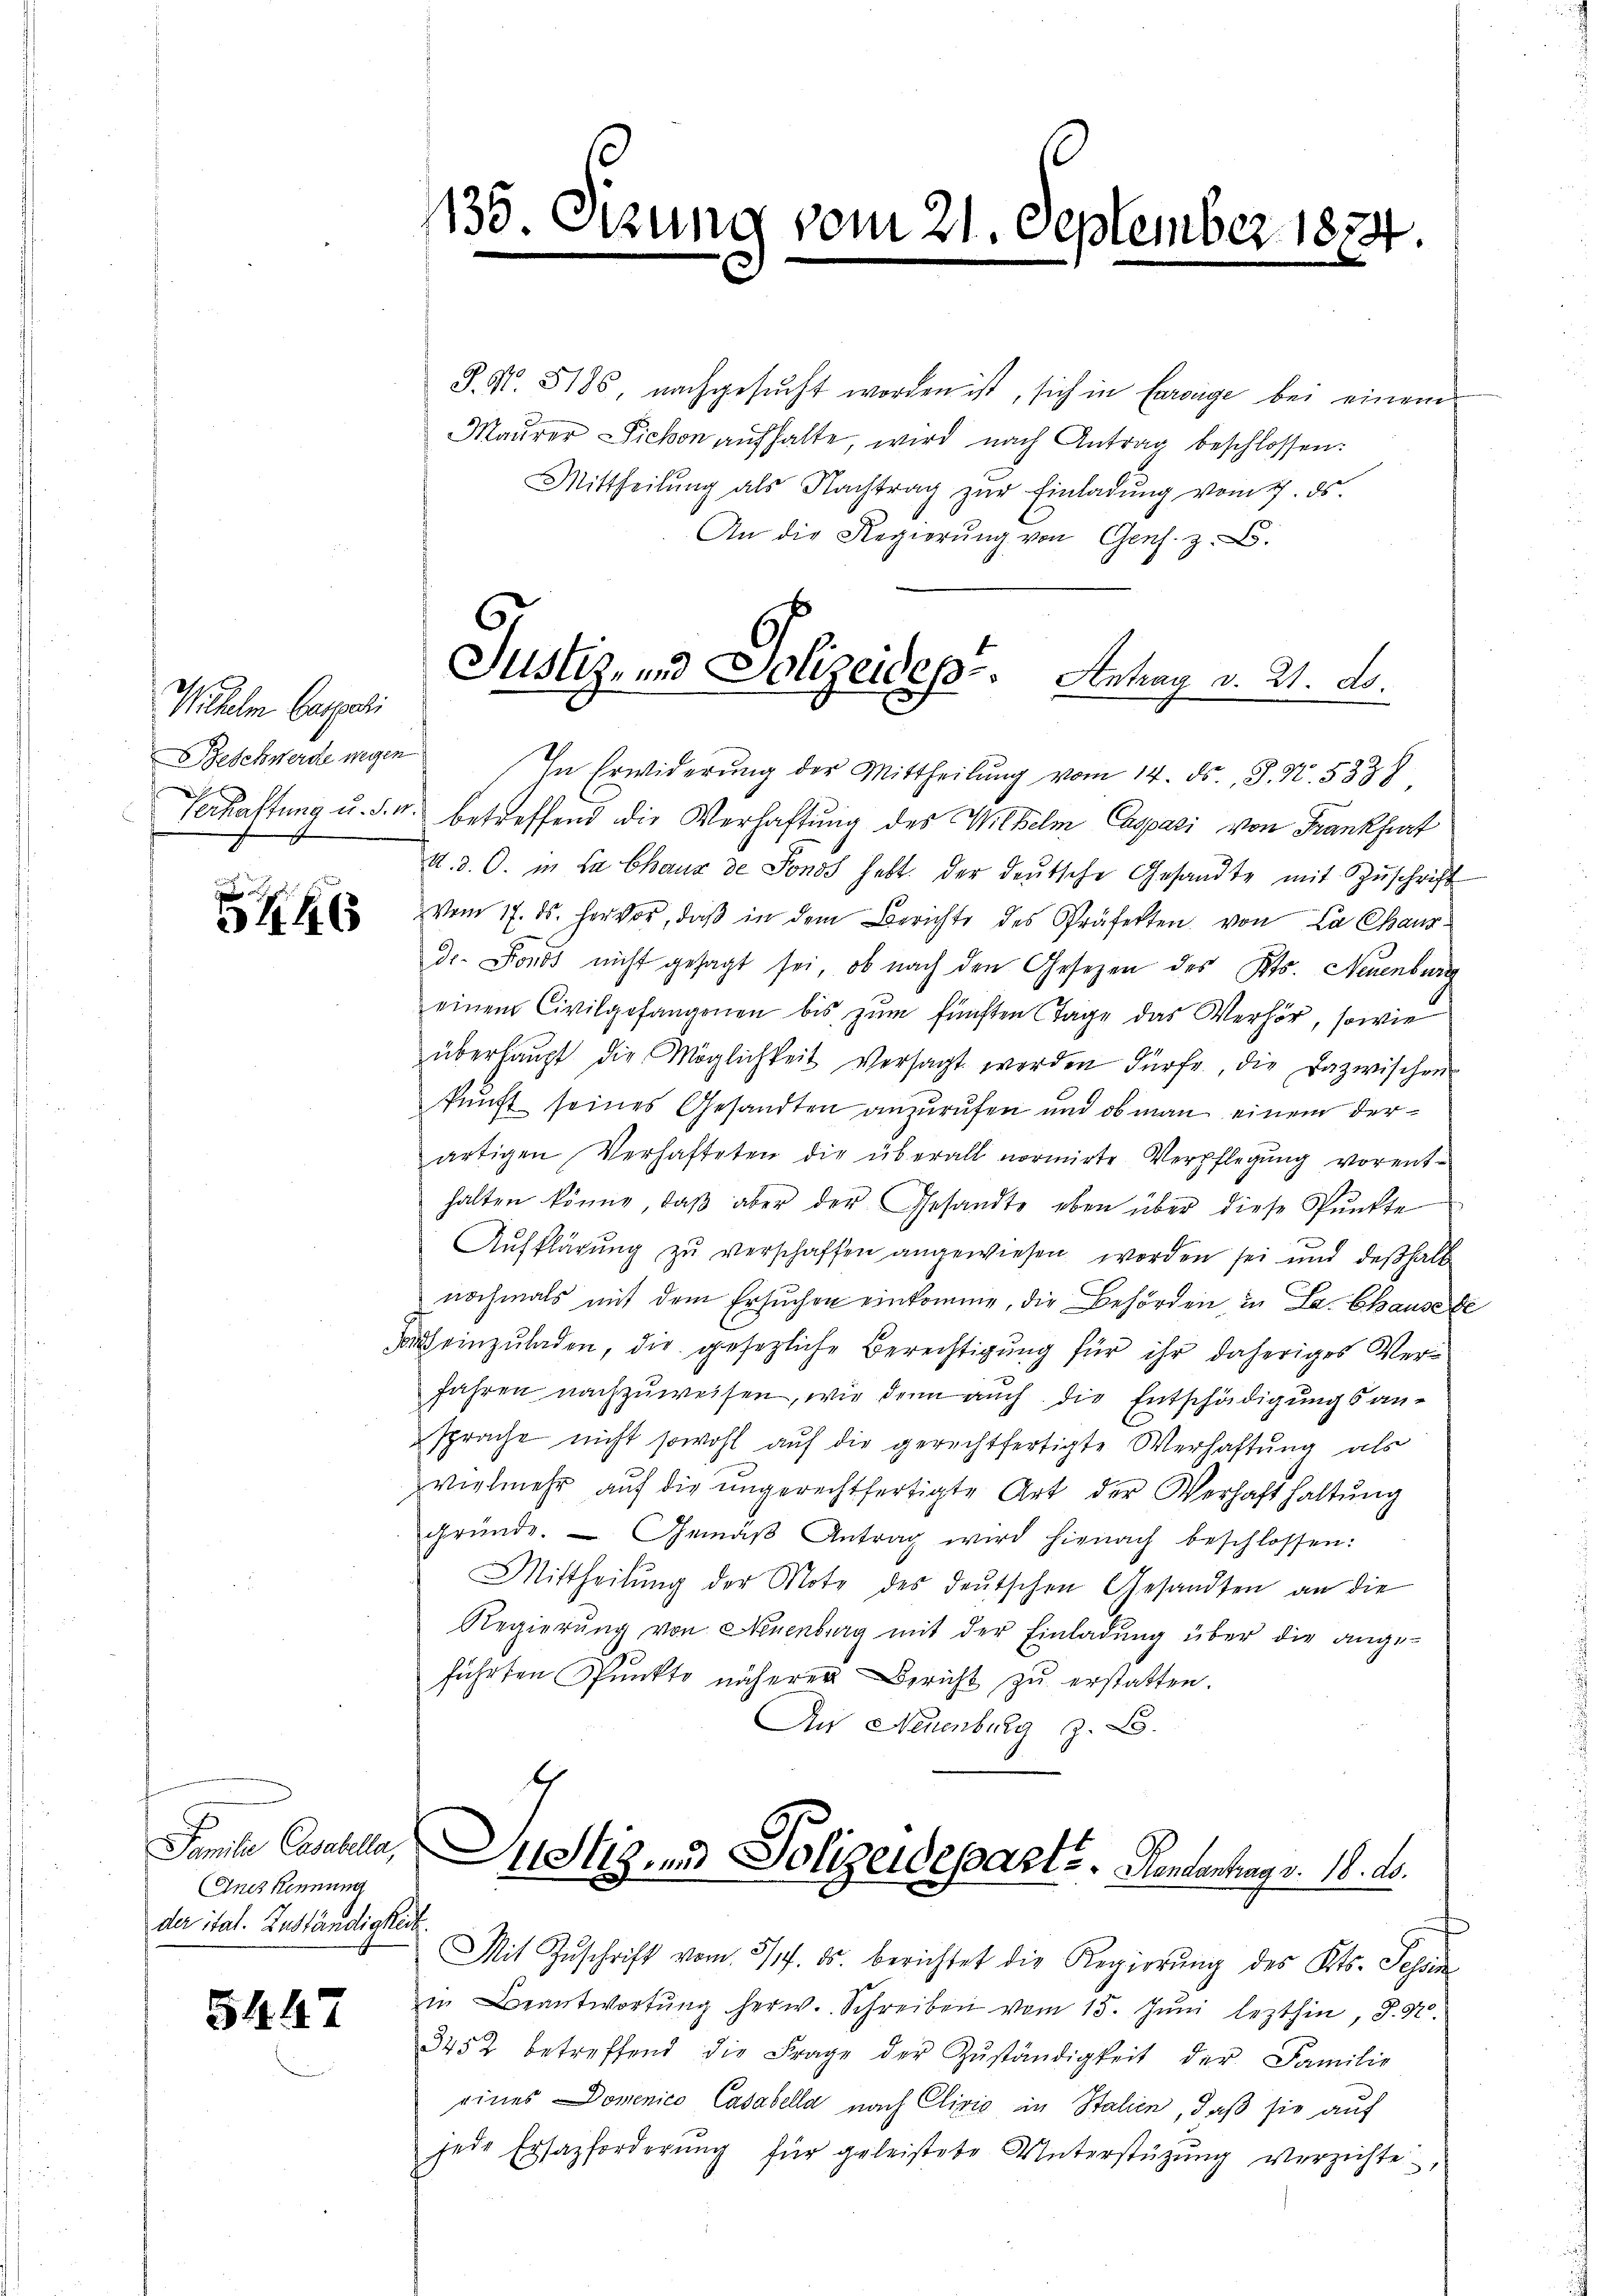
Malen legent
Beschwerde wegen

546

Anis kennung
der ital. Zuständigkeit.

5447

J. N. 5185, nachgesŭcht worden ist, sich in Carige bei einem
Maŭrer Fichon aŭfhalte, wird nach Antrag beschlossen:
Mittheilŭng als Nachtrag zŭr Einladŭng vom 7. ds.
An die Regierung von Gens. z. B.
In Erwiderung der Mittheilung vom 14. ds. J. N. 5338
Verhaftung u. d. M. betreffend die Verhaftung des Wilhelm Caspari von Frankfurt
U. d. O. in La Chaux de Sonds hebt. der deŭtsche Gesandte mit Zŭschrift
Vom 17. ds. hervor, daβ in dem Berichte des Präferten von La Chaus¬
Dr. Fonds nicht gesagt sei, ob nach den Gesezen des Kts. Neuenburg
einem Civilgefangenen bis zum fünften Tage das Verhör, sowie
überhaŭpt die Möglichkeit versagt worden dürfe, die Dazwischen
kunft seines Gesandten anzurufen und ob man einem derartigen Verhafteten die überall normirte Verpflegŭng vorent-
halten könne, daβ aber der Gesandte eben über diese Pŭnkte
Aŭfklärŭng zŭ verschaffen angewiesen worden sei und deßhalb
nochmals mit dem Ersuchen einkomme, die Behörden in La. Chause de
dass einzuladen, die gesezliche Berechtigung für ihr daheriges Ver¬
Jahren nachzuweisen, wie denn auch die Entschädigungsansprache nicht sowohl aŭf die gerechtfertigte Verhaftung als
vielmehr aŭf die ungerechtfertigte Art der Verhaft haltung
gründe. Gemäβ Antrag wird hienach beschlossen:
Mittheilŭng der Mote des deŭtschen Gesandten an die
Regierŭng von Neuenburg mit der Einladŭng über die ange-
führten Punkte näherer Bericht zu erstatten.
An Neuenburg z. B.

135.

tzung vom 21. September 1874.

Justiz- und Polizeidep. Antrag v. 21. No.

Familie Cassalla Distigen Polizeideparts, Handenhag v. 18. ds.

Mit Zŭschrift vom 5/7. ds. berichtet die Regierŭng des Kts. Schon
in Beantwortŭng herw. Schreiben vom 15. Jŭni lezthin, S. Nr.
3452 betreffend die Frage der Zŭständigkeit der Familie
eines Domenico Casabella nach Clivio in Stahen, daß sie auf
jede Ersazforderŭng für geleistete Unterstützŭng verzichte,